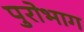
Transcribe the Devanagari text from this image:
पुरोभाग